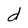
Character: d